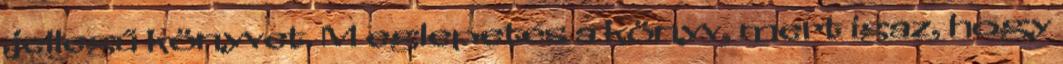
jellegű könyvet. M eglepetés a könyv, mert igaz, hogy